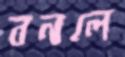
বনলে